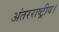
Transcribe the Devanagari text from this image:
अंतरराष्ट्रीय।